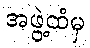
အဖွဲ့ထံမှ